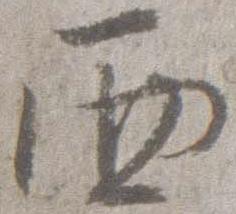
西